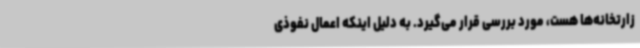
زارتخانه‌ها هست، مورد بررسی قرار می‌گیرد. به دلیل اینکه اعمال نفوذی